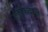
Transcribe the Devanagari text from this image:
लडाकेबाज